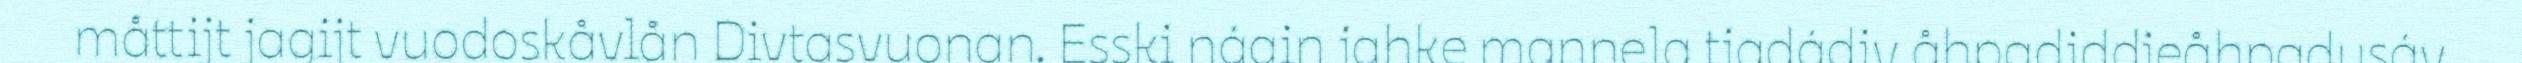
måttijt jagijt vuodoskåvlån Divtasvuonan. Esski nágin jahke maŋŋela tjadádiv åhpadiddjeåhpadusáv